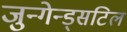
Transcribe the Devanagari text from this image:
जुन्गेन्ड्सटिल